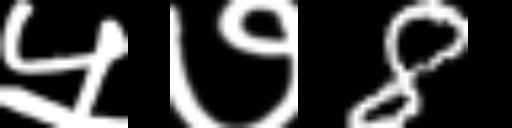
Text: ५७8